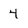
Character: 4